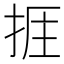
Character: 𢭘